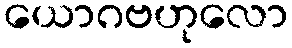
ယောဂဗဟုလော